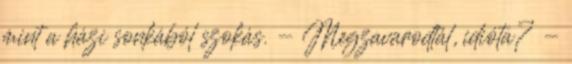
mint a házi sonkából szokás. - Megzavarodtál, idióta? -